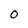
Character: 0